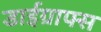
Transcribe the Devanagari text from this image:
डाईग्राफ्स